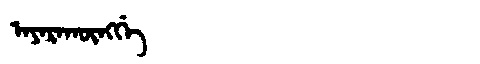
Manchu: ᠠᠶᠠᡵᠠᡴᡡᠩᡤᡝ
Romanization: AYARAKŪNGGE